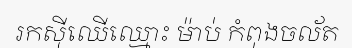
រកស៊ីឈើឈ្មោះ ម៉ាប់ កំពុងចល័ត